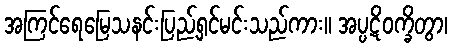
အကြင်ရေမြေသနင်းပြည့်ရှင်မင်းသည်ကား။ အပ္ပဋိဝက္ခိတွာ၊